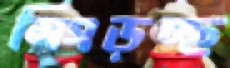
নিংড়চ্ছ